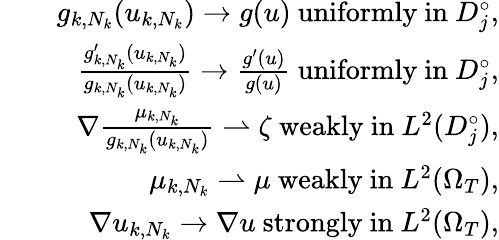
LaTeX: \begin{array}{rlr}&{}&{g_{k,N_{k}}(u_{k,N_{k}})\rightarrow g(u)\mathrm{~uniformly~in~}D_{j}^{\circ},}\\ &{}&{\frac{g_{k,N_{k}}^{\prime}(u_{k,N_{k}})}{g_{k,N_{k}}(u_{k,N_{k}})}\rightarrow\frac{g^{\prime}(u)}{g(u)}\mathrm{~uniformly~in~}D_{j}^{\circ},}\\ &{}&{\nabla\frac{\mu_{k,N_{k}}}{g_{k,N_{k}}(u_{k,N_{k}})}\rightharpoonup\zeta\mathrm{~weakly~in~}L^{2}(D_{j}^{\circ}),}\\ &{}&{\mu_{k,N_{k}}\rightharpoonup\mu\mathrm{~weakly~in~}L^{2}(\Omega_{T}),}\\ &{}&{\nabla u_{k,N_{k}}\rightarrow\nabla u\mathrm{~strongly~in~}L^{2}(\Omega_{T}),}\end{array}